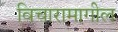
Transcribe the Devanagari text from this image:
विचारामागील